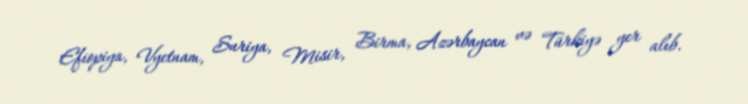
Efiopiya, Vyetnam, Suriya, Misir, Birma, Azərbaycan və Türkiyə yer alıb.